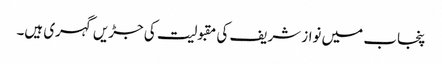
پنجاب میں نواز شریف کی مقبولیت کی جڑیں گہری ہیں۔